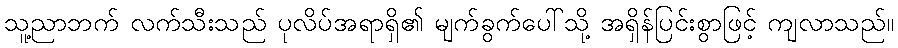
သူ့ညာဘက် လက်သီးသည် ပုလိပ်အရာရှိ၏ မျက်ခွက်ပေါ်သို့ အရှိန်ပြင်းစွာဖြင့် ကျလာသည်။